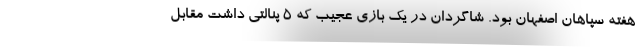
هفته سپاهان اصفهان بود. شاگردان در یک بازی عجیب که 5 پنالتی داشت مقابل